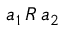
a _ { 1 } \, R \, a _ { 2 }